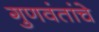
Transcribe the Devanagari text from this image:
गुणवंतांचे